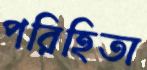
পরিহিতা